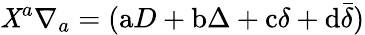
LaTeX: \mathit{X}^{a}\nabla_{a}=(\mathrm{{a}}D+\mathrm{{b}}\Delta+\mathrm{{c}}\delta+\mathrm{{d}}{\bar{{\delta}}})